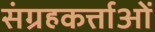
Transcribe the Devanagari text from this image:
संग्रहकर्त्ताओं